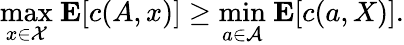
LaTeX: {\underset{x\in{\mathcal{X}}}{\operatorname*{max}}}\ \mathbf{E}[c(A,x)]\geq{\underset{a\in{\mathcal{A}}}{\operatorname*{min}}}\ \mathbf{E}[c(a,X)].